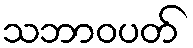
သဘာဝပတ်